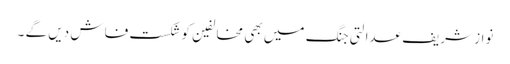
نواز شریف عدالتی جنگ میں بھی مخالفین کو شکست فاش دیں گے ۔